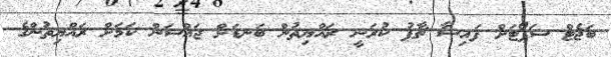
ބަޖެޓް ސަޕޯޓަށް ފައިސާ ޗާޕު ކުރަނީ ރައްޔިތުން ބަނޑަށް ޖައްސަން ކަމަށް ރައްޔިތުންގެ